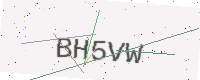
Text: BH5VW